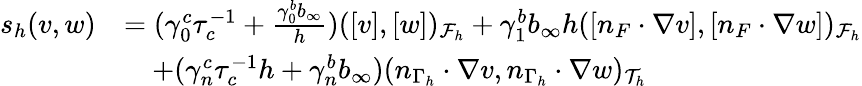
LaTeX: \begin{array}{rl}{s_{h}(v,w)}&{=(\gamma_{0}^{c}\tau_{c}^{-1}+\frac{\gamma_{0}^{b}b_{\infty}}{h})([v],[w])_{\mathcal{F}_{h}}+\gamma_{1}^{b}b_{\infty}h([n_{F}\cdot\nabla v],[n_{F}\cdot\nabla w])_{\mathcal{F}_{h}}}\\ &{\quad+(\gamma_{n}^{c}\tau_{c}^{-1}h+\gamma_{n}^{b}b_{\infty})(n_{\Gamma_{h}}\cdot\nabla v,n_{\Gamma_{h}}\cdot\nabla w)_{\mathcal{T}_{h}}}\end{array}